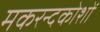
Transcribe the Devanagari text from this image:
मकरन्दकोशों